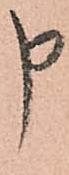
申